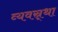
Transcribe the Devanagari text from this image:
व्यवस्र्था